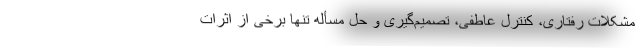
مشکلات رفتاری، کنترل عاطفی، تصمیم‌گیری و حل مسأله تنها برخی از اثرات